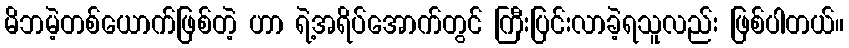
မိဘမဲ့တစ်ယောက်ဖြစ်တဲ့ ဟာ ရဲ့အရိပ်အောက်တွင် ကြီးပြင်းလာခဲ့ရသူလည်း ဖြစ်ပါတယ်။